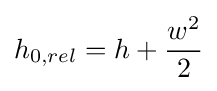
h_{0,rel}=h+{\frac {w^{2}}{2}}